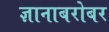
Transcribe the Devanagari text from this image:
ज्ञानाबरोबर